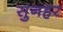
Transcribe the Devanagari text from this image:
सुनहर